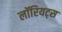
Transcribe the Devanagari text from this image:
लॉरियट्स